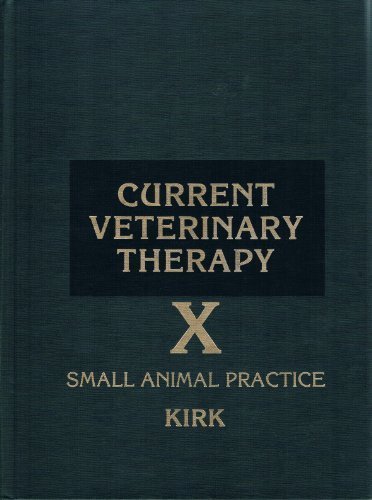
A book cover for Current Veterinary Therapy X: Small Animal Practice (No. 10); Robert W. Kirk; Medical Books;